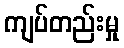
ကျပ်တည်းမှု